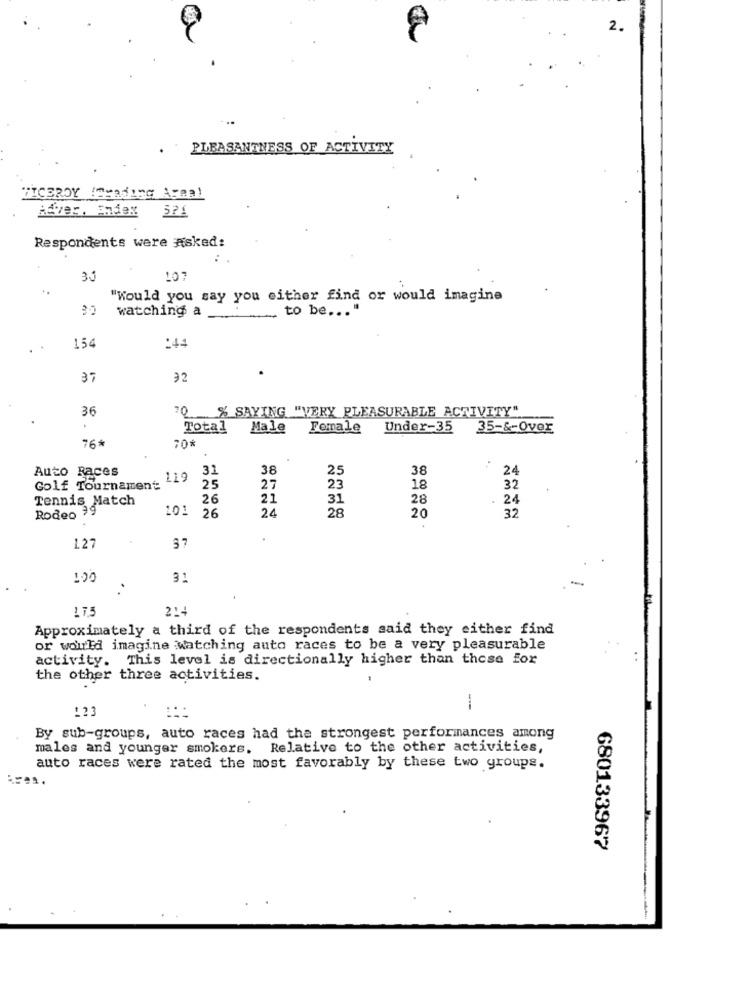
2.
PLEASANTNESS OF ACTIVITY
VICEROY (Seading Area!
Adver, Endex 521
Respondents were Asked:
3J
"Would you say you either find or would imagine
watching a
to be ... "
1.54
:44
37
≥2
36
0 % SAYING "VERY PLEASURABLE ACTIVITY"
Total
Male
Female
Under-35
35-&-Over
76
70*
Auto Races
31
38
25
38
24
119
Golf Tournament
25
27
23
18
32
Tennis Match
26
21
31
28
24
Rodeo 99
101
26
24
28
32
20
1.27
37
31
..
1 7.5
2:4
Approximately a third of the respondents said they either find
or would imagine Matching auto races to be a very pleasurable
activity. This level is directionally higher than those for
the other three activities.
!?
-
By sub-groups, auto races had the strongest performances among
males and younger smokers. Relative to the other activities,
auto races were rated the most favorably by these two groups.
680133967